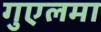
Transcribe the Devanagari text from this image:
गुएलमा